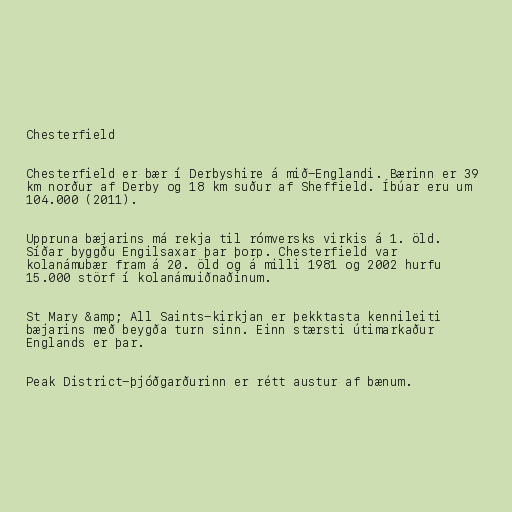
Chesterfield

Chesterfield er bær í Derbyshire á mið-Englandi. Bærinn er 39
km norður af Derby og 18 km suður af Sheffield. Íbúar eru um
104.000 (2011).

Uppruna bæjarins má rekja til rómversks virkis á 1. öld.
Síðar byggðu Engilsaxar þar þorp. Chesterfield var
kolanámubær fram á 20. öld og á milli 1981 og 2002 hurfu
15.000 störf í kolanámuiðnaðinum.

St Mary &amp; All Saints-kirkjan er þekktasta kennileiti
bæjarins með beygða turn sinn. Einn stærsti útimarkaður
Englands er þar.

Peak District-þjóðgarðurinn er rétt austur af bænum.